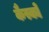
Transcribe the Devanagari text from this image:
कैस्को